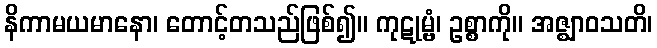
နိကာမယမာနော၊ တောင့်တသည်ဖြစ်၍။ ကုဋုမ္ဗံ၊ ဥစ္စာကို။ အဇ္ဈာဝသတိ၊